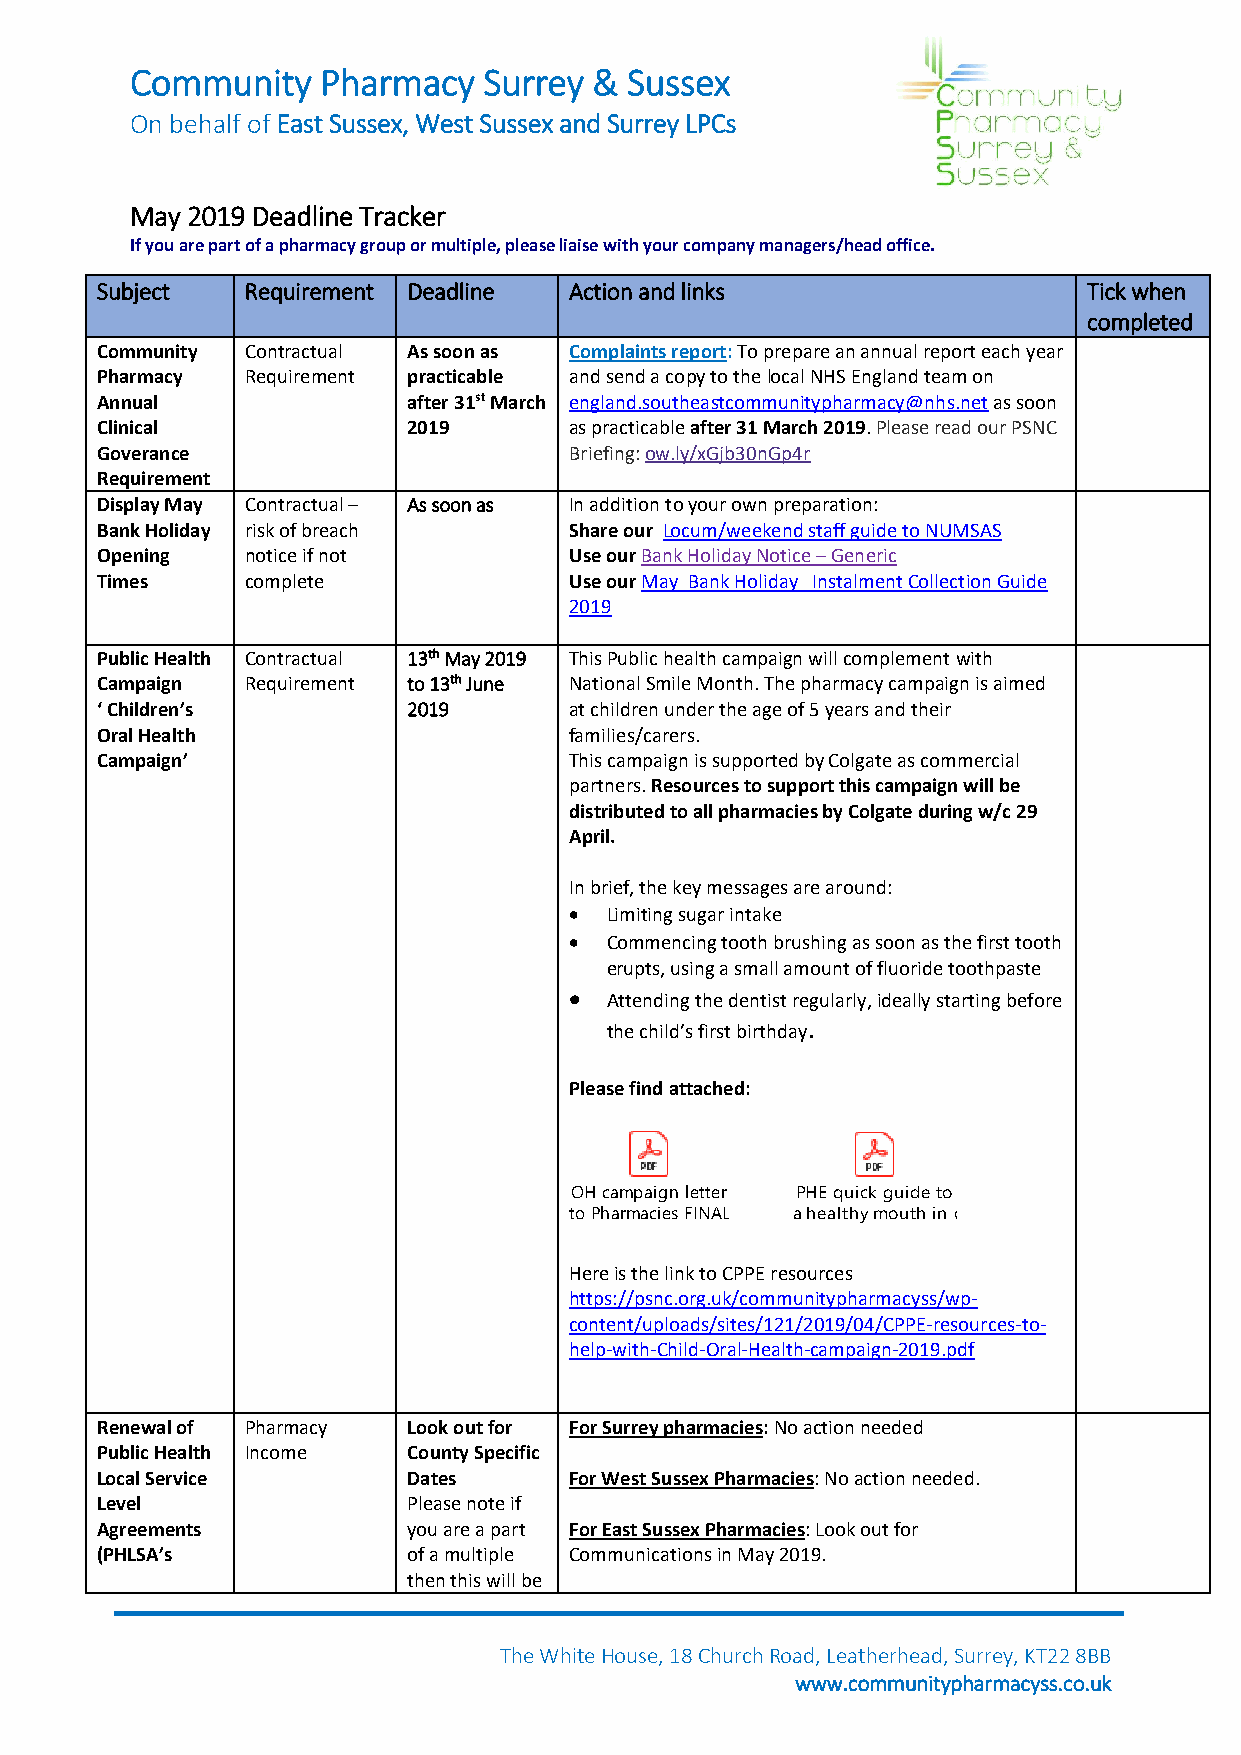
Community   Pharmacy   Surrey & Sussex
 On behalf of East Sussex, West Sussex and Surrey LPCs
 May 2019 Deadline Tracker
 If you are part of a pharmacy group or multiple, please liaise with your company managers/head office.
 Subject   Requirement Deadline  Action and links                  Tick when
 completed
 Community Contractual As soon as Complaints report: To prepare an annual report each year
 Pharmacy  Requirement practicable and send a copy to the local NHS England team on
 Annual               after 31st March england.southeastcommunitypharmacy@nhs.net as soon
 Clinical             2019       as practicable after 31 March 2019. Please read our PSNC
 Goverance                       Briefing: ow.ly/xGjb30nGp4r
 Requirement
 Display May Contractual – As soon as In addition to your own preparation:
 Bank Holiday risk of breach     Share our Locum/weekend staff guide to NUMSAS
 Opening   notice if not         Use our Bank Holiday Notice – Generic
 Times     complete              Use our May Bank Holiday Instalment Collection Guide
 2019
 Public Health Contractual 13th May 2019 This Public health campaign will complement with
 Campaign  Requirement to 13th June National Smile Month. The pharmacy campaign is aimed
 ‘ Children’s         2019       at children under the age of 5 years and their
 Oral Health                     families/carers.
 Campaign’                       This campaign is supported by Colgate as commercial
 partners. Resources to support this campaign will be
 distributed to all pharmacies by Colgate during w/c 29
 April.
 In brief, the key messages are around:
 • Limiting sugar intake
 • Commencing tooth brushing as soon as the first tooth
 erupts, using a small amount of fluoride toothpaste
 • Attending the dentist regularly, ideally starting before
 the child’s first birthday.
 Please find attached:
 OH campaign letter PHE quick guide to
 to Pharmacies FINAL.pdf a healthy mouth in children.pdf
 Here is the link to CPPE resources
 https://psnc.org.uk/communitypharmacyss/wp-
 content/uploads/sites/121/2019/04/CPPE-resources-to-
 help-with-Child-Oral-Health-campaign-2019.pdf
 Renewal of Pharmacy  Look out for For Surrey pharmacies: No action needed
 Public Health Income County Specific
 Local Service        Dates      For West Sussex Pharmacies: No action needed.
 Level                Please note if
 Agreements           you are a part For East Sussex Pharmacies: Look out for
 (PHLSA’s             of a multiple Communications in May 2019.
 then this will be
 The White House, 18 Church Road, Leatherhead, Surrey, KT22 8BB
 www.communitypharmacyss.co.uk